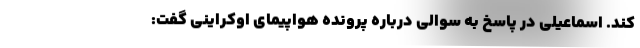
کند. اسماعیلی در پاسخ به سوالی درباره پرونده هواپیمای اوکراینی گفت: